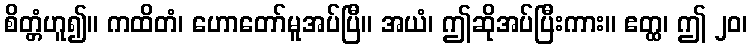
စိတ္တံဟူ၍။ ကထိတံ၊ ဟောတော်မူအပ်ပြီ။ အယံ၊ ဤဆိုအပ်ပြီးကား။ ဧတ္ထ၊ ဤ ၂၀၊